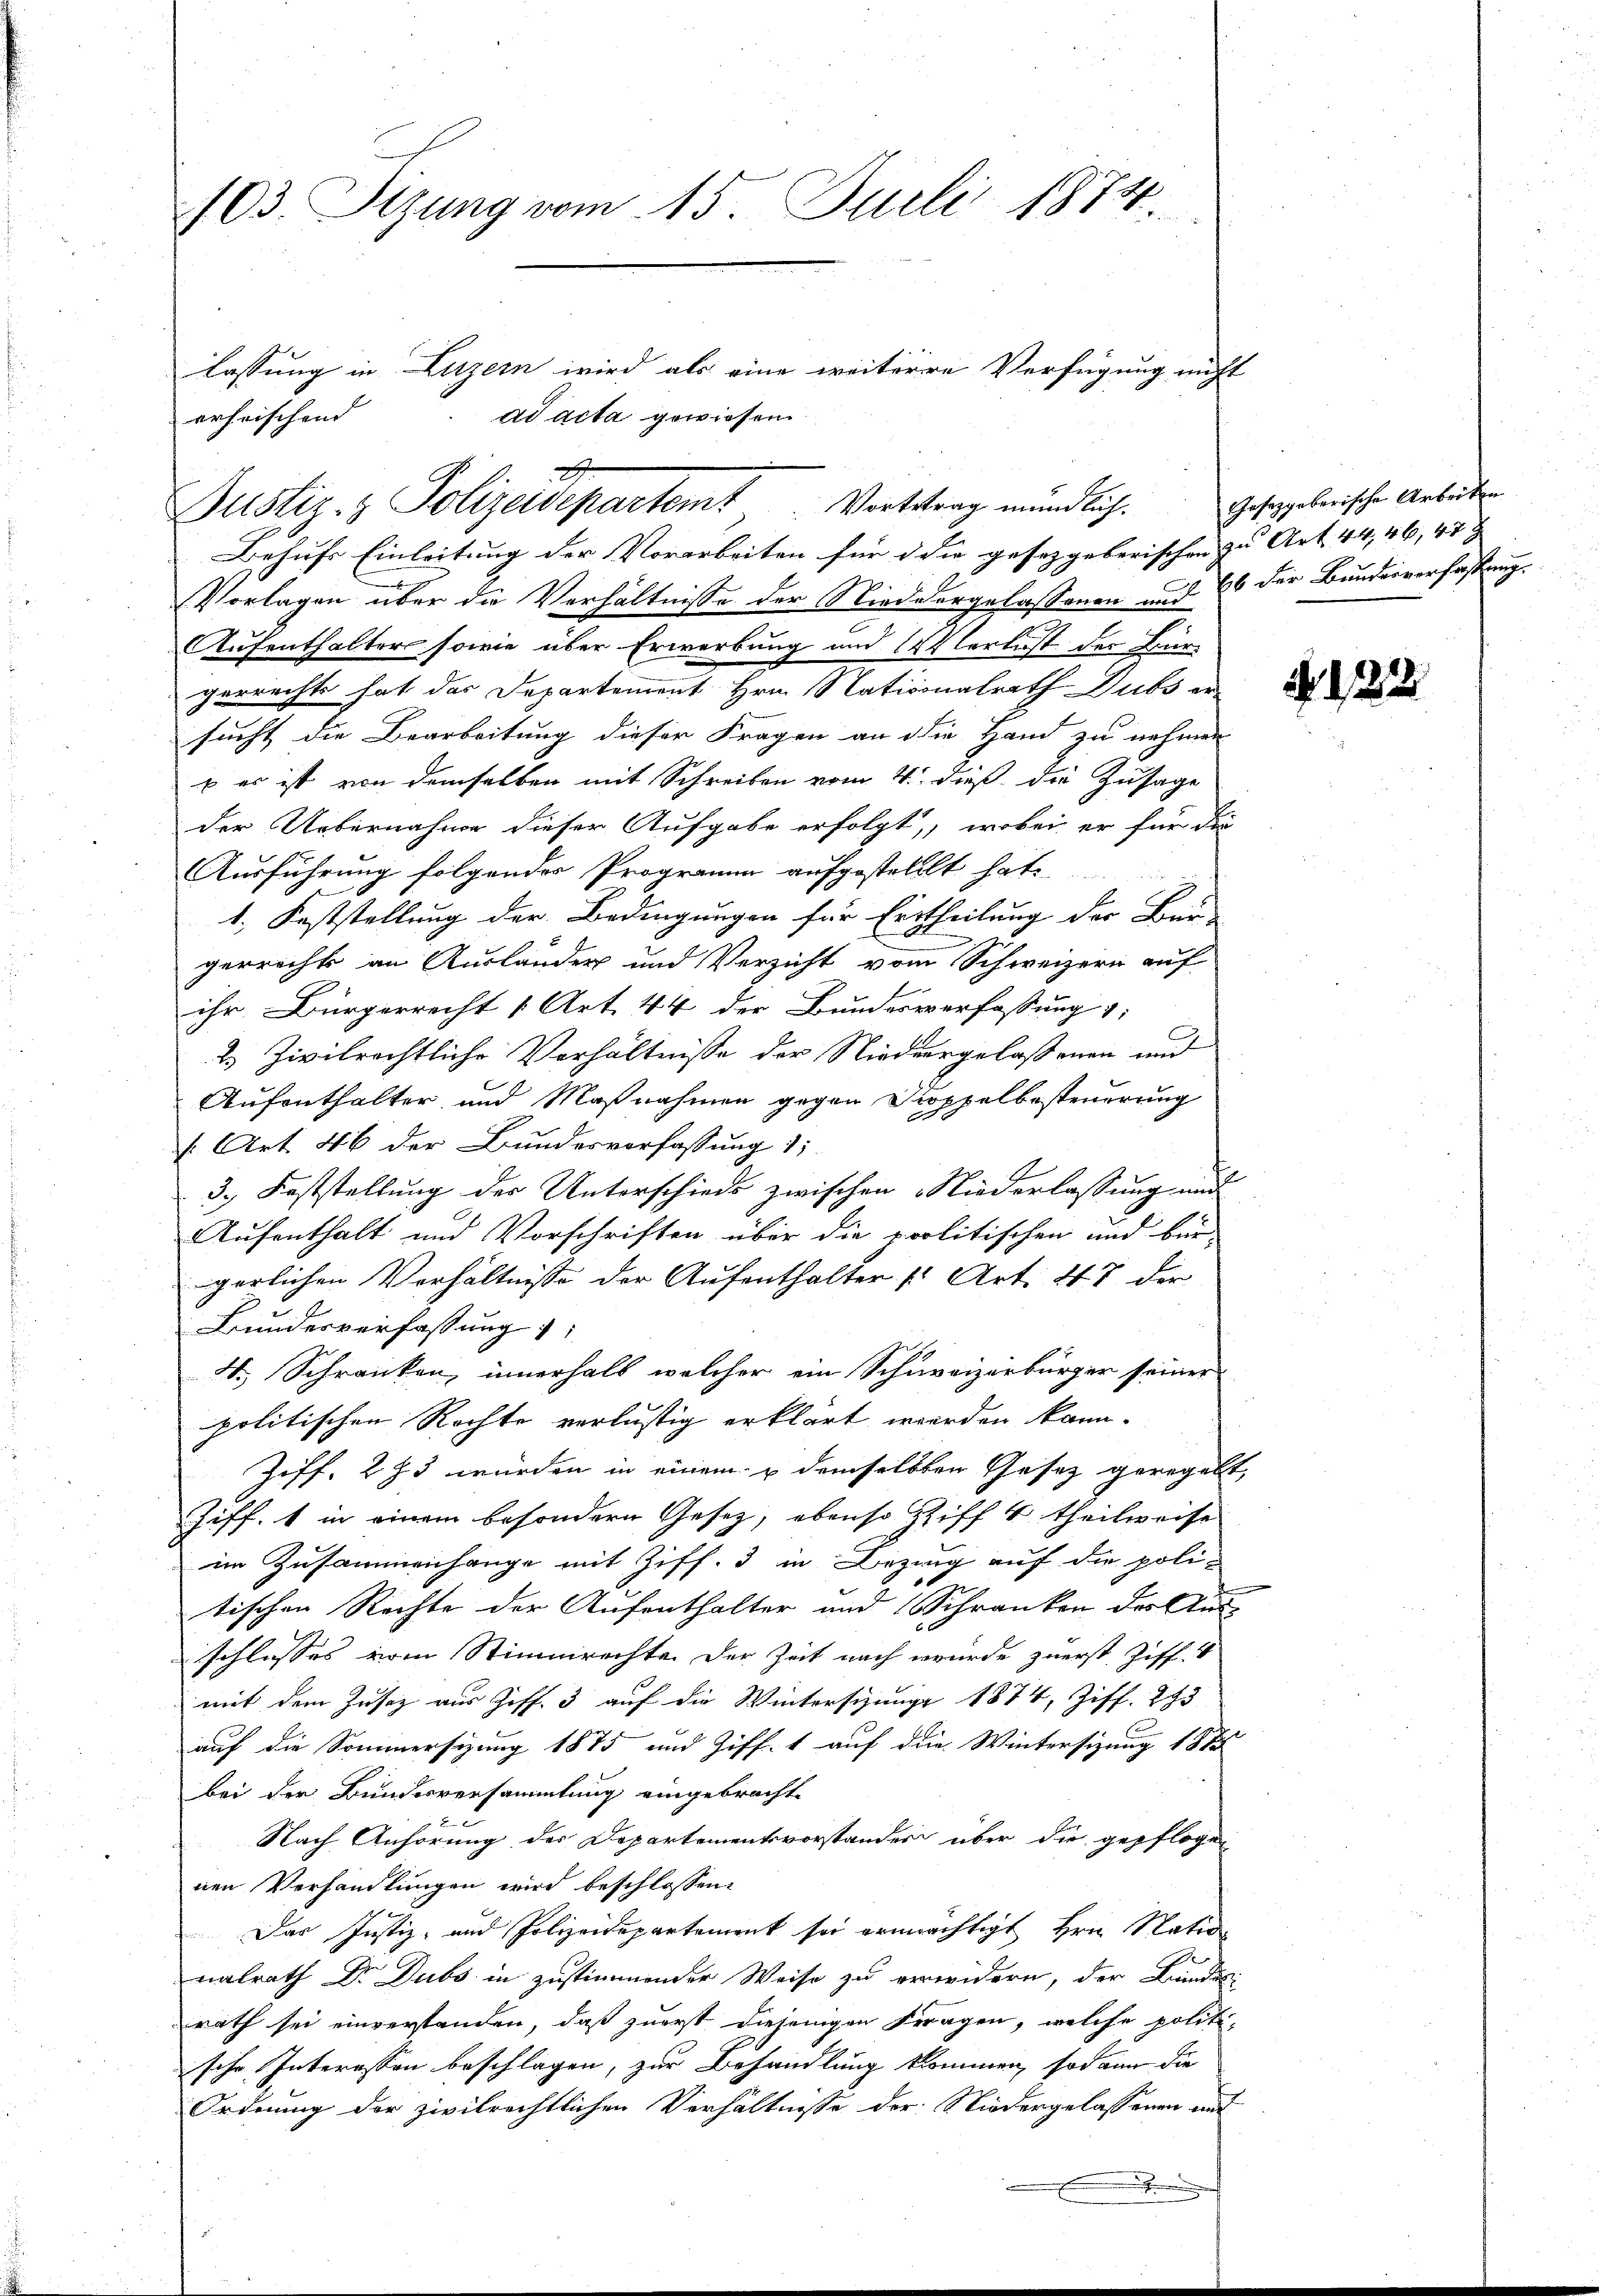
103. Sizung vom 15. Juli 1874.

erheischend
Behufs Einleitung der Vorarbeiten für die gesetzgeberischen zu Art. 44, 46, 47 x |
Vorlagen über die Verhältnisse der Niedergelassenen und 26 der Bundesverfassung.
Aufenthalter sowie über Erwerbung und Verlust der Bürgerrechts hat das Departement Hrn. Nationalrath Dubs ersucht die Bearbeitung dieser Fragen an die Hand zu nehmen
u es ist von demselben mit Schreiben vom 4. dieß die Zusage
der Uebernahme dieser Aufgabe erfolgt, wobei er für die
Ausführung folgendes Programm aufgestellt hat
1. Feststellung der Bedingungen für Ertheilung der Bau-
gerricht an Ausländer und Verzicht vom Schweizern auf
ihr Bürgerrecht 1 Art. 44 der Bundesverfassung :
2. Zivilrechtliche Verhältnisse der Niedergelassenen und
Aufenthalter, und Maßnahmen gegen Sippelbesteuerung
f. Art. 46 der Bundesverfassung 11
3. Feststellung der Unterschieds zwischen Niederlassung und
Aufenthalt und Vorschriften über die politischen und bür-
gerlichen Verhältnisse der Aufenthalter v. Art. 47 der
Bundesverfassung
H. Schranken, innerhalb welcher ein Schureizerbürger seiner
politischen Rechte verlustig erklärt werden kann.
Ziff. 273 wurden in einem u demselben Gesetz geregelt,
Ziff. 1 in einem besondern Gesetz, ebenso Ziff. 4 theilweise
im Zusammenhange mit Ziff. 3 in Bezug auf die poli-
tischen Rechte der Aufenthalter und Schranken der Aus-
schlusses vom Stimmrechte der Zeit nach wurde zuerst Ziff. V
mit dem Zusaz aus Hoff. 3 auf die Wintersizunge 1874, Ziff. 293
auf die Sommersizung 1875 und Ziff. 1 auf die Wintersitzung 187
bei der Bundesversammlung eingebracht
Nach Anhörung des Departementsvorstander über die gepflogen
nen Verhandlungen wird beschlossen:
Der Justiz- und Polizeidepartement sei ermächtigt Hrn. Natio
nalrath Dr. Dubs in zustimmender Weise zu verwidern, der Bundes
rath sei einverstanden, daß zuerst diejenigen Fragen, welche politische Interessen beschlagen, zur Behandlung kommen, sodann die
Ordnung der zivilrechtlichen Verhältnisse der Niedergelassenen auf
.

E
Justiz- & Polizeidepartem Vortetrag mündlich. Josezgobarischen Arbeiten

lassung in Luzern wird als eine weiterre Verfügung nicht
ad acta gewiesen.

N. 122.